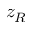
z _ { R }